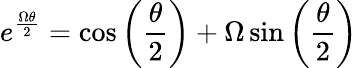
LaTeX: e^{\frac{\Omega\theta}{2}}=\cos\left({\frac{\theta}{2}}\right)+\Omega\sin\left({\frac{\theta}{2}}\right)